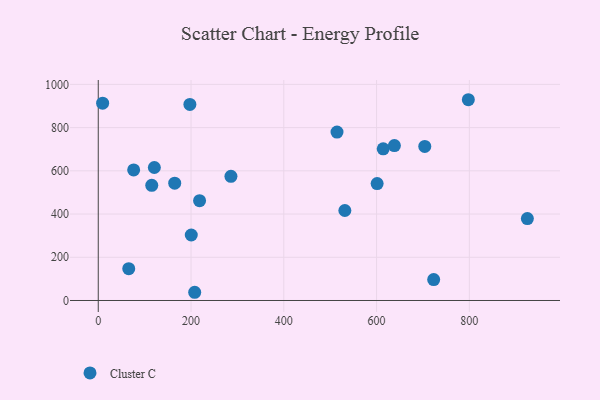
{"axis": {"x": "Study Hours", "y": "Demand"}, "legend": ["Cluster C"], "data": [{"x": "286.0", "y": 574.7, "type": "Cluster C"}, {"x": "207.9", "y": 38.0, "type": "Cluster C"}, {"x": "614.3", "y": 701.8, "type": "Cluster C"}, {"x": "601.2", "y": 540.9, "type": "Cluster C"}, {"x": "120.9", "y": 615.4, "type": "Cluster C"}, {"x": "925.1", "y": 379.2, "type": "Cluster C"}, {"x": "218.4", "y": 461.8, "type": "Cluster C"}, {"x": "514.7", "y": 779.3, "type": "Cluster C"}, {"x": "65.7", "y": 147.0, "type": "Cluster C"}, {"x": "531.6", "y": 416.3, "type": "Cluster C"}, {"x": "76.3", "y": 604.3, "type": "Cluster C"}, {"x": "9.4", "y": 913.0, "type": "Cluster C"}, {"x": "638.4", "y": 716.9, "type": "Cluster C"}, {"x": "797.8", "y": 929.0, "type": "Cluster C"}, {"x": "723.1", "y": 96.8, "type": "Cluster C"}, {"x": "197.5", "y": 907.4, "type": "Cluster C"}, {"x": "115.3", "y": 533.0, "type": "Cluster C"}, {"x": "703.9", "y": 712.8, "type": "Cluster C"}, {"x": "200.5", "y": 303.0, "type": "Cluster C"}, {"x": "164.8", "y": 542.7, "type": "Cluster C"}]}